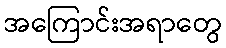
အကြောင်းအရာတွေ